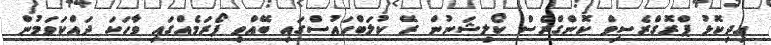
އިދިކޮޅު ޕްރޮގްރެސިވް ކޮންގްރެސް ކޯލިޝަނުން ރޭ ކުލަބްހައުސްގައި ބޭއްވި ފޯރަމެއްގައި ވާހަކަ ދައްކަވަމުން